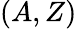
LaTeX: (A,Z)